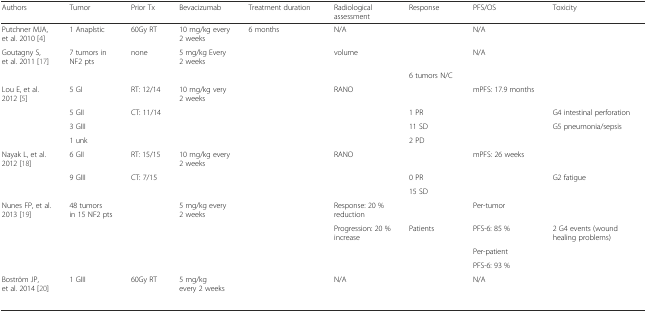
<table><thead><tr><td><b>Authors</b></td><td><b>Tumor</b></td><td><b>Prior Tx</b></td><td><b>Bevacizumab</b></td><td><b>Treatment duration</b></td><td><b>Radiological assessment</b></td><td><b>Response</b></td><td><b>PFS/OS</b></td><td><b>Toxicity</b></td></tr></thead><tbody><tr><td>Putchner MJA, et al. 2010 [4]</td><td>1 Anaplstic</td><td>60Gy RT</td><td>10 mg/kg every 2 weeks</td><td>6 months</td><td>N/A</td><td>[EMPTY_CELL]</td><td>N/A</td><td>[EMPTY_CELL]</td></tr><tr><td rowspan="2">Goutagny S, et al. 2011 [17]</td><td rowspan="2">7 tumors in NF2 pts</td><td rowspan="2">none</td><td rowspan="2">5 mg/kg Every 2 weeks</td><td rowspan="2">[EMPTY_CELL]</td><td rowspan="2">volume</td><td>[EMPTY_CELL]</td><td rowspan="2">N/A</td><td rowspan="2">[EMPTY_CELL]</td></tr><tr><td>6 tumors N/C</td></tr><tr><td rowspan="4">Lou E, et al. 2012 [5]</td><td>5 GI</td><td>RT: 12/14</td><td>10 mg/kg very 2 weeks</td><td>[EMPTY_CELL]</td><td>RANO</td><td>[EMPTY_CELL]</td><td>mPFS: 17.9 months</td><td>[EMPTY_CELL]</td></tr><tr><td>5 GII</td><td>CT: 11/14</td><td>[EMPTY_CELL]</td><td>[EMPTY_CELL]</td><td>[EMPTY_CELL]</td><td>1 PR</td><td>[EMPTY_CELL]</td><td>G4 intestinal perforation</td></tr><tr><td>3 GIII</td><td>[EMPTY_CELL]</td><td>[EMPTY_CELL]</td><td>[EMPTY_CELL]</td><td>[EMPTY_CELL]</td><td>11 SD</td><td>[EMPTY_CELL]</td><td>G5 pneumonia/sepsis</td></tr><tr><td>1 unk</td><td>[EMPTY_CELL]</td><td>[EMPTY_CELL]</td><td>[EMPTY_CELL]</td><td>[EMPTY_CELL]</td><td>2 PD</td><td>[EMPTY_CELL]</td><td>[EMPTY_CELL]</td></tr><tr><td rowspan="3">Nayak L, et al. 2012 [18]</td><td>6 GII</td><td>RT: 15/15</td><td>10 mg/kg every 2 weeks</td><td>[EMPTY_CELL]</td><td>RANO</td><td>[EMPTY_CELL]</td><td>mPFS: 26 weeks</td><td>[EMPTY_CELL]</td></tr><tr><td>9 GIII</td><td>CT: 7/15</td><td>[EMPTY_CELL]</td><td>[EMPTY_CELL]</td><td>[EMPTY_CELL]</td><td>0 PR</td><td>[EMPTY_CELL]</td><td>G2 fatigue</td></tr><tr><td>[EMPTY_CELL]</td><td>[EMPTY_CELL]</td><td>[EMPTY_CELL]</td><td>[EMPTY_CELL]</td><td>[EMPTY_CELL]</td><td>15 SD</td><td>[EMPTY_CELL]</td><td>[EMPTY_CELL]</td></tr><tr><td rowspan="4">Nunes FP, et al. 2013 [19]</td><td rowspan="4">48 tumors in 15 NF2 pts</td><td rowspan="4">[EMPTY_CELL]</td><td rowspan="4">5 mg/kg every 2 weeks</td><td rowspan="4">[EMPTY_CELL]</td><td>Response: 20 % reduction</td><td>[EMPTY_CELL]</td><td>Per-tumor</td><td>[EMPTY_CELL]</td></tr><tr><td>Progression: 20 % increase</td><td>Patients</td><td>PFS-6: 85 %</td><td>2 G4 events (wound healing problems)</td></tr><tr><td>[EMPTY_CELL]</td><td>[EMPTY_CELL]</td><td>Per-patient</td><td>[EMPTY_CELL]</td></tr><tr><td>[EMPTY_CELL]</td><td>[EMPTY_CELL]</td><td>PFS-6: 93 %</td><td>[EMPTY_CELL]</td></tr><tr><td rowspan="2">Boström JP, et al. 2014 [20]</td><td>1 GIII</td><td>60Gy RT</td><td>5 mg/kg every 2 weeks</td><td>[EMPTY_CELL]</td><td>N/A</td><td>[EMPTY_CELL]</td><td>N/A</td><td>[EMPTY_CELL]</td></tr><tr><td>[EMPTY_CELL]</td><td>[EMPTY_CELL]</td><td>[EMPTY_CELL]</td><td>[EMPTY_CELL]</td><td>[EMPTY_CELL]</td><td>[EMPTY_CELL]</td><td>[EMPTY_CELL]</td><td>[EMPTY_CELL]</td></tr></tbody></table>